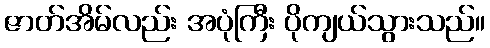
ဇာတ်အိမ်လည်း အပုံကြီး ပိုကျယ်သွားသည်။